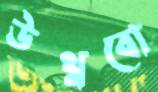
উথ্‌লবো